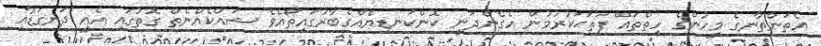
އެތަންތާނގެ މީހުންގެ ހިތްތައް ފަތަޙަކުރުމުން އެގެންދަނީ ކޮންކަނޑިޔެއްގެބާރުގައިތޯއެވެ ޝައްކެއްނެތް ގޮތުގައި އެއީ ދަނގަޑާއި